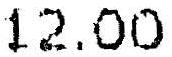
12.00